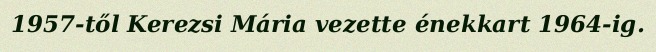
1957-től Kerezsi Mária vezette énekkart 1964-ig.